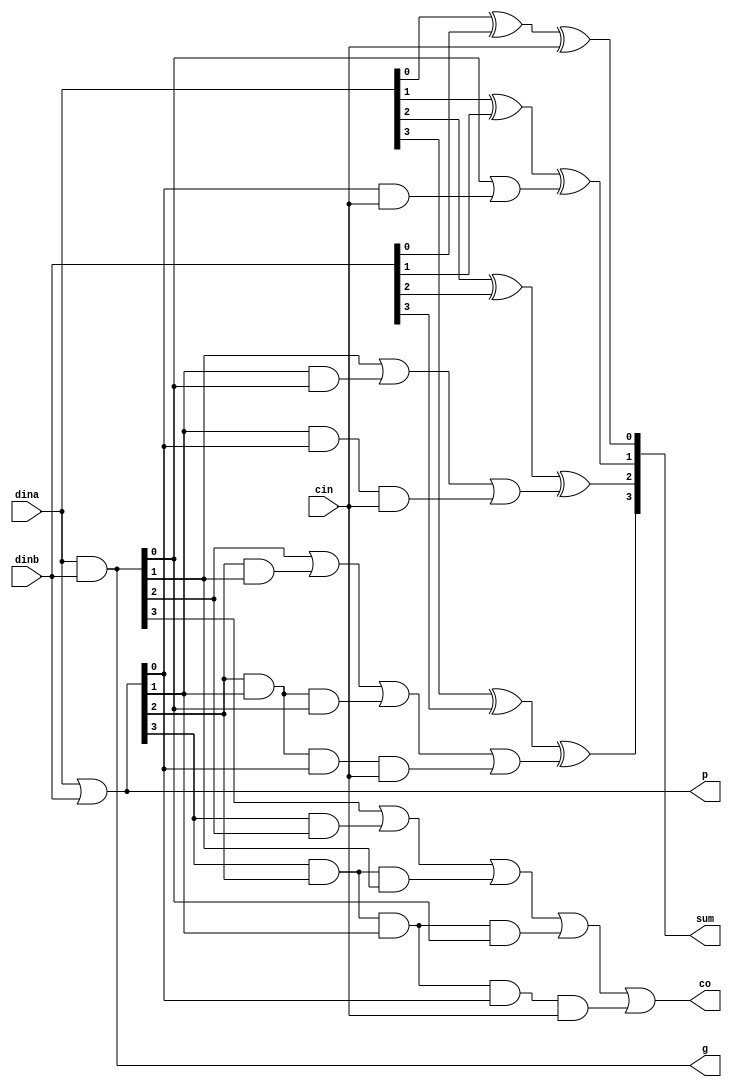
`timescale      1ns/1ps
// *********************************************************************************
// Project Name :       
// Blogs        : http://www.cnblogs.com/ninghechuan/
// Module Name  :
// Called By    :
// Abstract     :
//
// CopyRight(c) 2018, NingHeChuan Studio.. 
// All Rights Reserved
//
// *********************************************************************************
// Modification History:
// Date         By              Version                 Change Description
// -----------------------------------------------------------------------
// 2018/4/3    NingHeChuan       1.0                     Original
//  
// *********************************************************************************

module full_adder4(
    input       [3:0]   dina,
    input       [3:0]   dinb,
    input               cin,
    output      [3:0]   sum,
    output              co,
    output      [3:0]   p,
    output      [3:0]   g
);

wire    [4:0]   c;
assign c[0] = cin;
assign  p = dina | dinb;
assign  g = dina & dinb;

assign  c[1] = g[0] | p[0] & c[0];
assign  c[2] = g[1] | p[1] & g[0] | p[1] & p[0] & c[0];
assign  c[3] = g[2] | p[2] & g[1] | p[2] & p[1] & g[0] | p[2] & p[1] & p[0] & c[0];
assign  c[4] = g[3] | p[3] & g[2] | p[3] & p[2] & g[1] | p[3] & p[2] & p[1] & g[0] | p[3] & p[2] & p[1] & p[0] & c[0];

assign  sum[0] = dina[0] ^ dinb[0] ^ cin;
assign  sum[1] = dina[1] ^ dinb[1] ^ c[1];
assign  sum[2] = dina[2] ^ dinb[2] ^ c[2];
assign  sum[3] = dina[3] ^ dinb[3] ^ c[3];

assign  co  = c[4];

endmodule